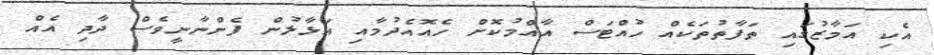
އެކި އަމާޒުގައި ތަފާތުތަކެއް ހުއްޓަސް އާއްމުކޮށް ހެއޮއެދުމާއި އަޅާލުން ފެންނާނީވެސް ދާދި އެއް